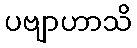
ပဗျာဟာသိ